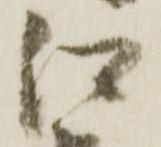
江